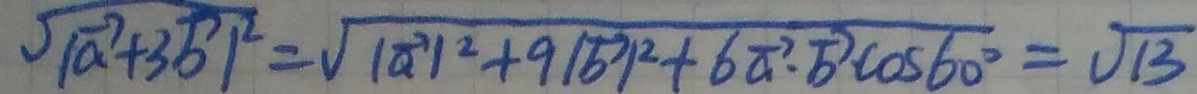
\sqrt { \vert \overrightarrow { a } + 3 \overrightarrow { b } \vert ^ { 2 } } = \sqrt { \vert \overrightarrow { a } \vert ^ { 2 } + 9 \vert \overrightarrow { b } \vert ^ { 2 } + 6 \overrightarrow { a } \cdot \overrightarrow { b } \cos 6 0 ^ { \circ } } = \sqrt { 1 3 }